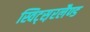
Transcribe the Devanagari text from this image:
स्विट्स़रलैण्ड